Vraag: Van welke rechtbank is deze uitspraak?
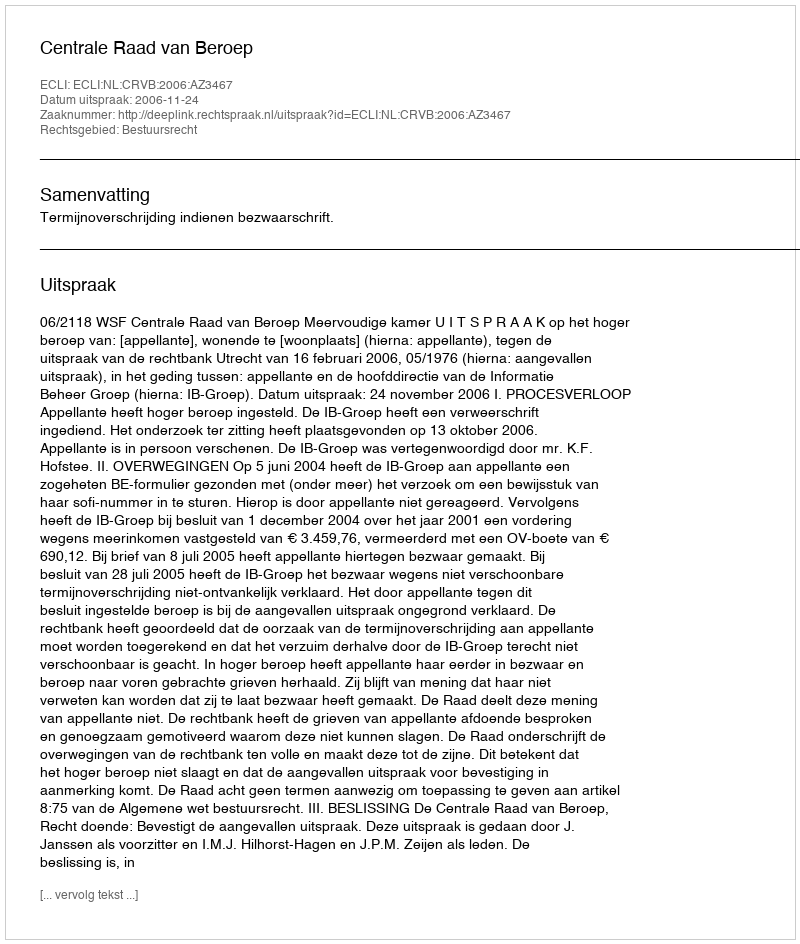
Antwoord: Centrale Raad van Beroep